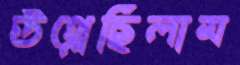
উথ্‌লেছিলাম